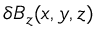
\delta B _ { z } ( x , y , z )